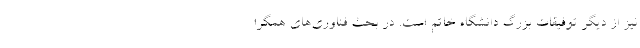
نیز از دیگر توفیقات بزرگ دانشگاه خاتم است. در بحث فناوری‌های همگرا